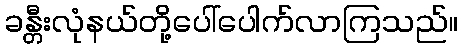
ခန္တီးလုံနယ်တို့ပေါ်ပေါက်လာကြသည်။